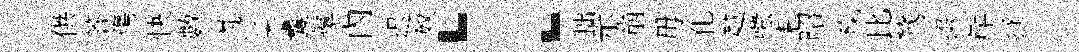
供答傷快數莎采囊鼙內迟奴：拙示崩毋化越嗤耒昭餼比鷟掇岸拯